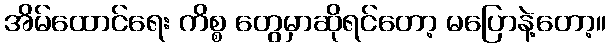
အိမ်ထောင်ရေး ကိစ္စ တွေမှာဆိုရင်တော့ မပြောနဲ့တော့။